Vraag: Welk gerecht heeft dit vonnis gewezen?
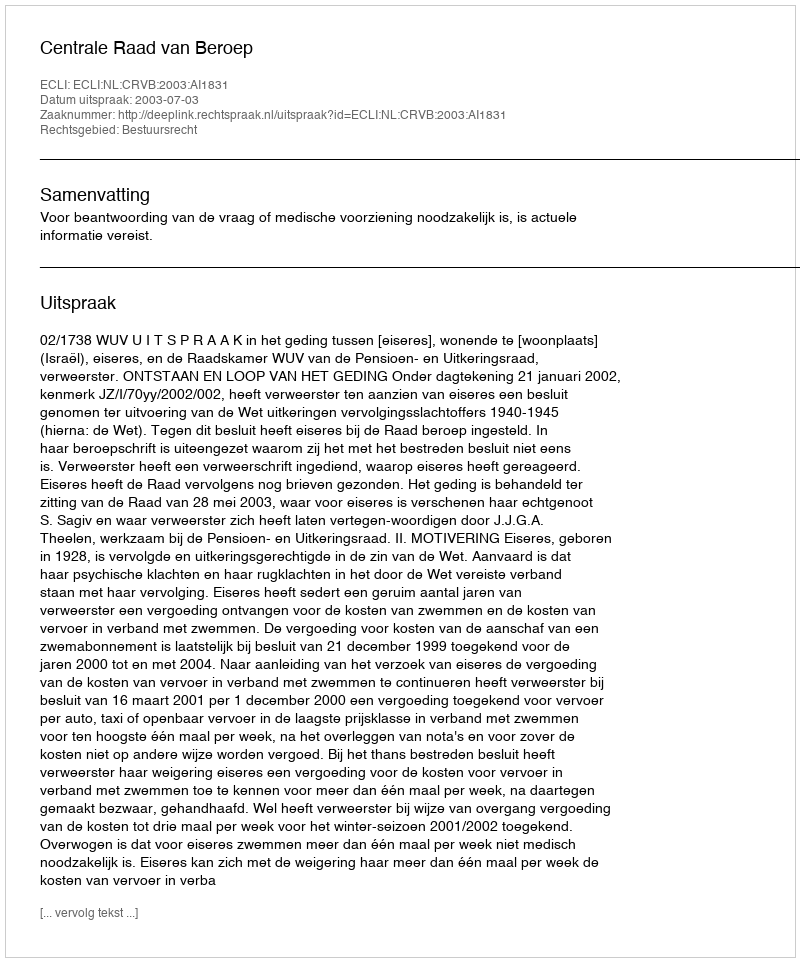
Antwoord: Centrale Raad van Beroep